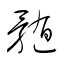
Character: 髄